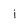
Character: 1